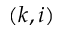
( k , i )